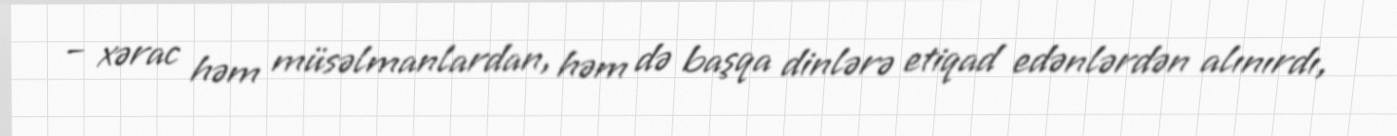
– xərac həm müsəlmanlardan, həm də başqa dinlərə etiqad edənlərdən alınırdı,